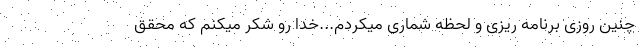
چنین روزی برنامه ریزی و لحظه شماری میکردم...خدا رو شکر میکنم که محقق